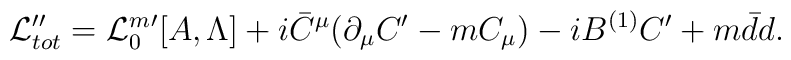
{\cal L}_{tot}'' = {\cal L}_0^m{}'[A,\Lambda]   + i \bar C^\mu (\partial_\mu C' - mC_\mu)-iB^{(1)}C' + m\bar d d    .